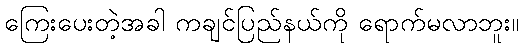
ကြေးပေးတဲ့အခါ ကချင်ပြည်နယ်ကို ရောက်မလာဘူး။